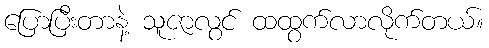
ပြောပြီးတာနဲ့ သူဇာလွင် ထထွက်လာလိုက်တယ်။